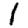
Digit: 1